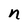
Character: n